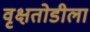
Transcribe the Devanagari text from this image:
वृक्षतोडीला